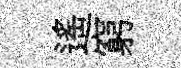
遥窮